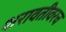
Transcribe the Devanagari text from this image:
शरावतीवरच